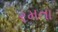
રમતા